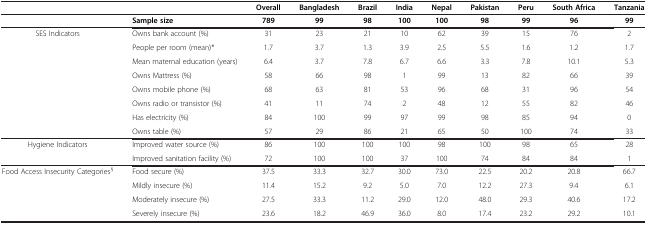
|  |  | Overall | Bangladesh | Brazil | India | Nepal | Pakistan | Peru | South Africa | Tanzania |
 |  | Sample size | 789 | 99 | 98 | 100 | 100 | 98 | 99 | 96 | 99 |
 | --- | --- | --- | --- | --- | --- | --- | --- | --- | --- | --- |
 | <ROWSPAN=7> SES Indicators | Owns bank account (%) | 31 | 23 | 21 | 10 | 62 | 39 | 15 | 76 | 2 |
 | People per room (mean)* | 1.7 | 3.7 | 1.3 | 3.9 | 2.5 | 5.5 | 1.6 | 1.2 | 1.7 |
 | Mean maternal education (years) | 6.4 | 3.7 | 7.8 | 6.7 | 6.6 | 3.3 | 7.8 | 10.1 | 5.3 |
 | Owns Mattress (%) | 58 | 66 | 98 | 1 | 99 | 13 | 82 | 66 | 39 |
 | Owns mobile phone (%) | 68 | 63 | 81 | 53 | 96 | 68 | 31 | 96 | 54 |
 | Owns radio or transistor (%) | 41 | 11 | 74 | 2 | 48 | 12 | 55 | 82 | 46 |
 | Has electricity (%) | 84 | 100 | 99 | 97 | 99 | 98 | 85 | 94 | 0 |
 |  | Owns table (%) | 57 | 29 | 86 | 21 | 65 | 50 | 100 | 74 | 33 |
 | Hygiene Indicators | Improved water source (%) | 86 | 100 | 100 | 100 | 98 | 100 | 98 | 65 | 28 |
 |  | Improved sanitation facility (%) | 72 | 100 | 100 | 37 | 100 | 74 | 84 | 84 | 1 |
 | <ROWSPAN=4> Food Access Insecurity Categories§ | Food secure (%) | 37.5 | 33.3 | 32.7 | 30.0 | 73.0 | 22.5 | 20.2 | 20.8 | 66.7 |
 | Mildly insecure (%) | 11.4 | 15.2 | 9.2 | 5.0 | 7.0 | 12.2 | 27.3 | 9.4 | 6.1 |
 | Moderately insecure (%) | 27.5 | 33.3 | 11.2 | 29.0 | 12.0 | 48.0 | 29.3 | 40.6 | 17.2 |
 | Severely insecure (%) | 23.6 | 18.2 | 46.9 | 36.0 | 8.0 | 17.4 | 23.2 | 29.2 | 10.1 |